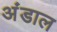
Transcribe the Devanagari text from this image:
अंडाल